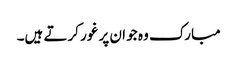
مبارک وہ جو ان پر غور کرتے ہیں۔